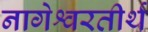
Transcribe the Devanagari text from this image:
नागेश्वरतीर्थ